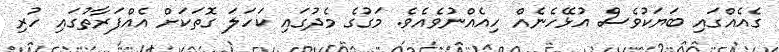
ގެއެއްގައި ބަޔަކުވެސް އުޅޭހެނެއް ހިއެއްނުވެއެވެ. މަގުގެ މެދުގައި ކަހަލަ ގޮތަކަށް އެއްފަރާތުގައި ހުރި